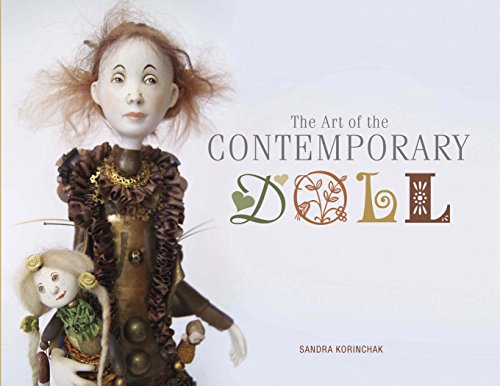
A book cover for The Art of the Contemporary Doll; Sandra Korinchak; Crafts, Hobbies & Home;